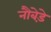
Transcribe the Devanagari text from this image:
नौबेड़े